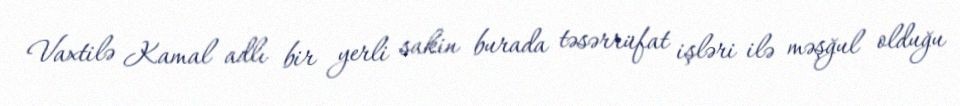
Vaxtilə Kamal adlı bir yerli sakin burada təsərrüfat işləri ilə məşğul olduğu